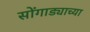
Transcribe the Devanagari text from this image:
सोंगाड्याच्या